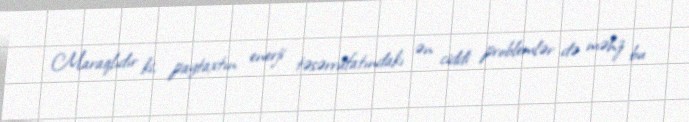
Maraqlıdır ki, paytaxtın enerji təsərrüfatındakı ən ciddi problemlər də məhz bu